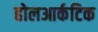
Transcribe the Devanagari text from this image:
होलआर्कटिक